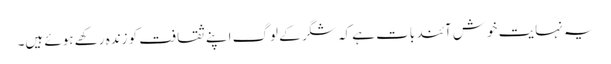
یہ نہایت خوش آئند بات ہے کہ شگر کے لوگ اپنے ثقافت کو زندہ رکھے ہوئے ہیں۔